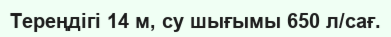
Тереңдігі 14 м, су шығымы 650 л/сағ.